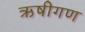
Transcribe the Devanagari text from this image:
ऋषीगण